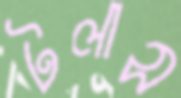
টলাস